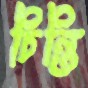
চিন্তি